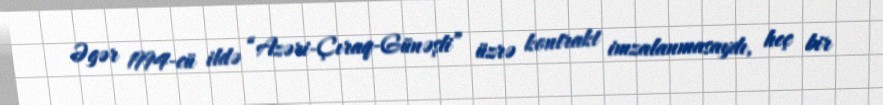
Əgər 1994-cü ildə “Azəri-Çıraq-Günəşli” üzrə kontrakt imzalanmasaydı, heç bir